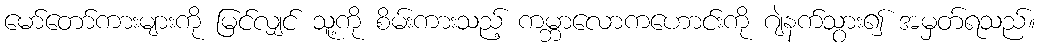
မော်တော်ကားများကို မြင်လျှင် သူ့ကို စိမ်းကားသည့် ကမ္ဘာလောကဟောင်းကို ဂျဲနက်သွား၍ အမှတ်ရသည်။